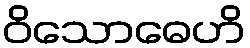
ဝိသောဓေဟိ